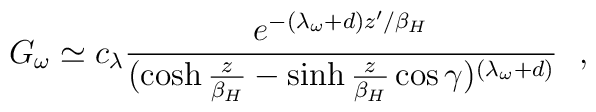
G_\omega \simeq c_\lambda {e^{-(\lambda_\omega +d)z'/\beta_H}\over (\cosh {z\over \beta_H}-\sinh {z\over \beta_H} \cos\gamma )^{(\lambda_\omega +d)}}~~,